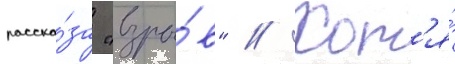
расска́за "взры́в" // Хот'я́